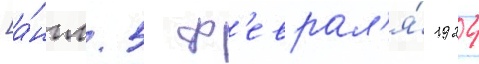
[а́нгл. 5 ф'еврал'я́ 1924